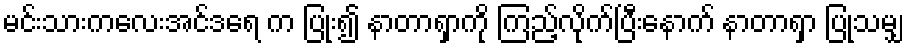
မင်းသားကလေးအင်ဒရေ က ပြုံး၍ နာတာရှာကို ကြည့်လိုက်ပြီးနောက် နာတာရှာ ပြုသမျှ